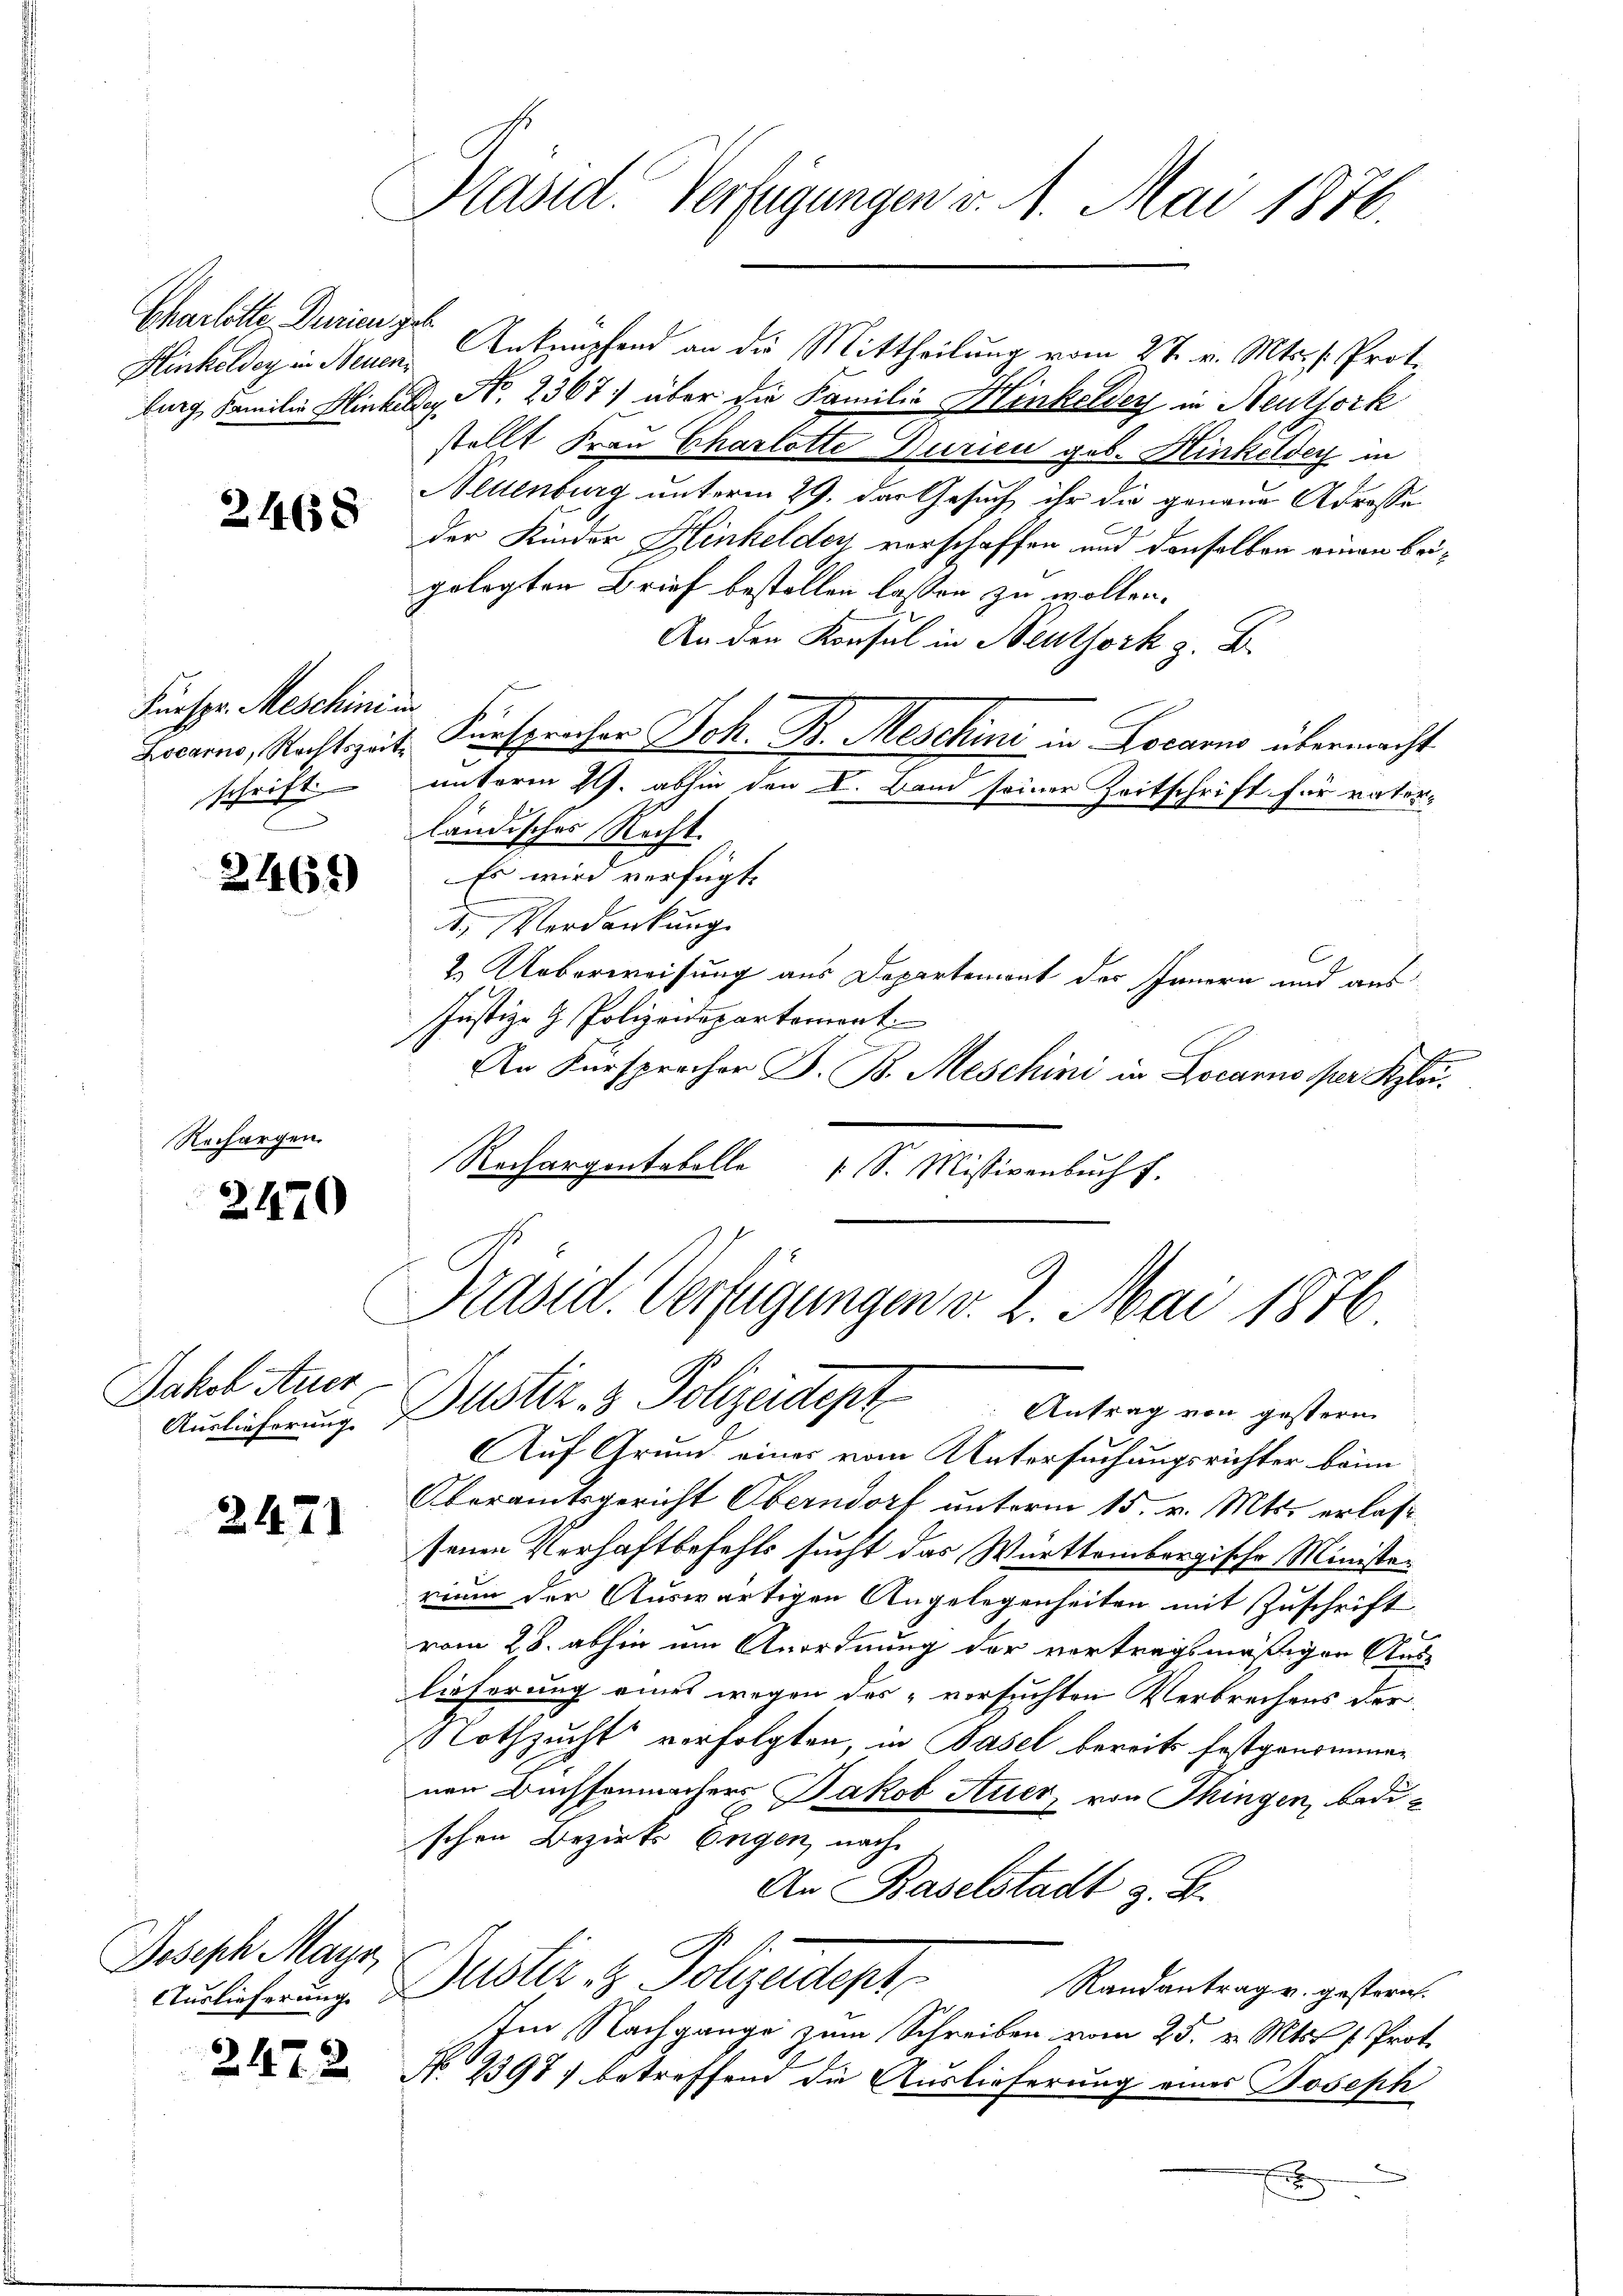
Charlotte. Denien get

2468

Fürspr. Meschini un
schrift

2465)

Rechargen.

2470

Jakob Auer

2471

Joseph Mayr,

2472

Präsid. Verfügungen v. 1. Mai 1876.

Hinkelder in Neuen Anknüpfend an die Mittheilung vom 27. v. Mts. v. Prot.
burg, Familie Hinkele No. 2367) über die Familie Hinkeldey in Neuthork
stellt Frau Charlotte Durien geb. Hinkelder in
Neuenburg unterm 29. das Gesuch ihr die genaue Adrosse
der Kinder Hinkeldor vorschaffen und denselben einen beigelegten Brief bestellen lassen zu wollen.
An den Konsul in Neuthork z. B.
Locarno, Rechtszeit. Fürsprocher Joh. B. Meschini in Locarns übermacht
unterm 29. abhin den I. Band seiner Zeitschrift für ratorländisches Recht.
Es wird verfügt:
I. Verdankung.
2. Ueberweisung aus Departement des Innern und aus
Justiz- & Polizeidepartemont
An Fürsprecher J. B. Meschini in Locarno per Klei¬
Rechargentabelle
1 S. Missivenbuch f.

Präsid. Verfügungen v. 2. Mai 1886.
Amlicherung. Justiz- & Polizeideph Antrag von gestern

Auf Grund eines vom Untersuchungsrichter beim
Oberamtsgericht Oberndorf unterm 15. v. Mts. erlass
senen Verhaftbefehls sucht das Württembergische Ministerium der Auswärtigen Angelegenheiten mit Zuschrift
vom 28. abhin um Anordnung der vertragsmäßigen Aus-
lieferung eines wegen des versuchten Verbrechens der
Nothzucht verfolgten, in Basel bereits festgenommen
nen Büchsenmachers Jakob Auer, von Thingen, bedin
schen Bezirks Engen, nach
An Baselstadt z. B.
Auslicherung Dustiz & Polizeidept
Randantrag v. gestern.
Im Nachgange zum Schreiben vom 25. v. Mts. f. Prot.
No. 2397) betreffend die Auslieferung eines Joseph

2